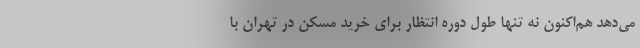
می‌دهد هم‌اکنون نه تنها طول دوره انتظار برای خرید مسکن در تهران با